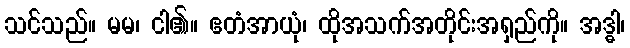
သင်သည်။ မမ၊ ငါ၏။ ဧတံအာယုံ၊ ထိုအသက်အတိုင်းအရှည်ကို။ အဒ္ဓါ၊